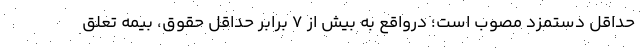
حداقل دستمزد مصوب است؛ درواقع به بیش از ۷ برابر حداقل حقوق، بیمه تعلق